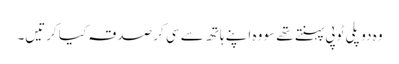
وہ دو پلی ٹوپی پہنتے تھے سو وہ اپنے ہاتھ سے سی کر صدقہ کیا کرتیں۔